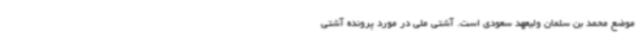
موضع محمد بن سلمان ولیعهد سعودی است. آشتی ملی در مورد پرونده آشتی